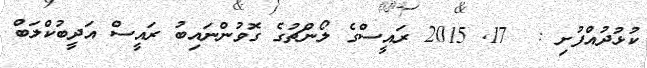
ކުޅުދުއްފުށި :  17